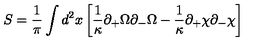
S = \frac { 1 } { \pi } \int \/ d ^ { 2 } x \left[ \frac { 1 } { \kappa } \partial _ { + } \Omega \partial _ { - } \Omega - \frac { 1 } { \kappa } \partial _ { + } \chi \partial _ { - } \chi \right]